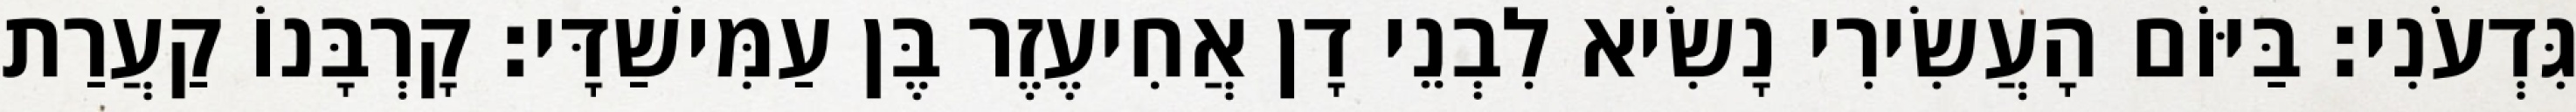
גִּדְעֹנִי׃ בַּיּוֹם הָעֲשִׂירִי נָשִׂיא לִבְנֵי דָן אֲחִיעֶזֶר בֶּן עַמִּישַׁדָּי׃ קָרְבָּנוֹ קַעֲרַת